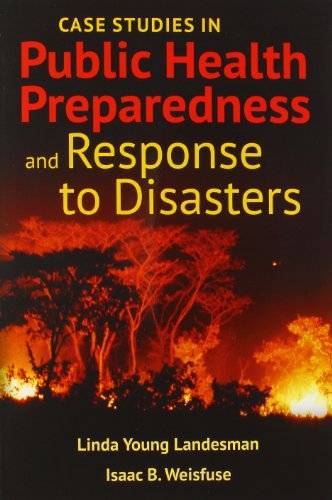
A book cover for Case Studies In Public Health Preparedness And Response To Disasters; Linda Y Landesman; Medical Books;